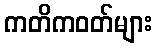
ကတိကဝတ်များ